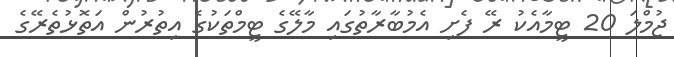
ޖުމްލަ 20 ޓީމާއެކު ރޭ ފެށި އެމުބާރާތުގައި މާލޭގެ ޓީމްތަކުގެ އިތުރުން އަތޮޅުތެރޭގެ